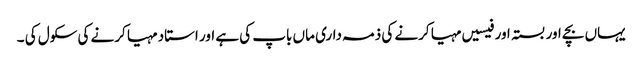
یہاں بچے اور بستہ اور فیسیں مہیا کرنے کی ذمہ داری ماں باپ کی ہے اور استاد مہیا کرنے کی سکول کی ۔